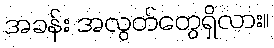
အခန်း အလွတ်တွေရှိလား။